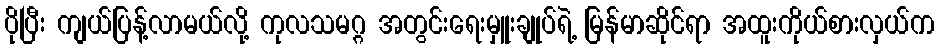
ပိုပြီး ကျယ်ပြန့်လာမယ်လို့ ကုလသမဂ္ဂ အတွင်းရေးမှူးချုပ်ရဲ့ မြန်မာဆိုင်ရာ အထူးကိုယ်စားလှယ်က